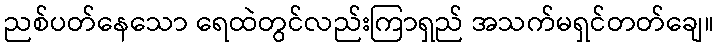
ညစ်ပတ်နေသော ရေထဲတွင်လည်းကြာရှည် အသက်မရှင်တတ်ချေ။